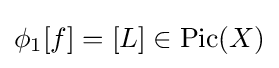
\phi _{1}[f]=[L]\in {\text{Pic}}(X)